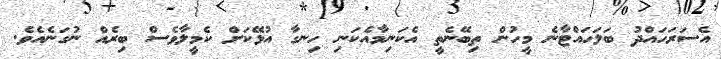
އެސަރަހައްދު ބަލަހައްޓާނެ މީހުން ތިބޭނެތީ އެކަނިމާއެކަނި ހިނގާ އުޅޭކަށް ކެމީލާވެސް ބިރެއް ނުގަނެއެވެ.